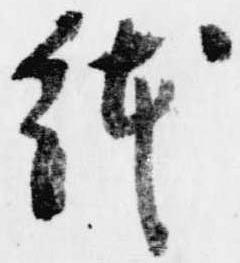
鉢